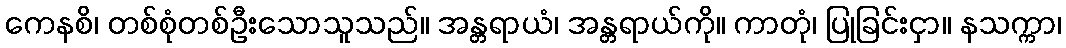
ကေနစိ၊ တစ်စုံတစ်ဦးသောသူသည်။ အန္တရာယံ၊ အန္တရာယ်ကို။ ကာတုံ၊ ပြုခြင်းငှာ။ နသက္ကာ၊